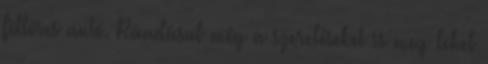
filléres autó. Ráadásul még a szereléseket is meg lehet